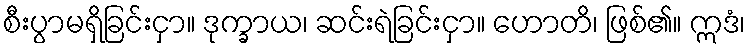
စီးပွာမရှိခြင်းငှာ။ ဒုက္ခာယ၊ ဆင်းရဲခြင်းငှာ။ ဟောတိ၊ ဖြစ်၏။ ဣဒံ၊